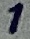
Text: 1